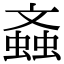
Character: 螡